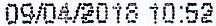
09/04/2018 10:52